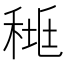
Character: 𥟯